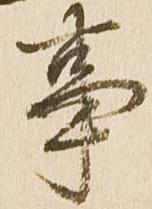
事